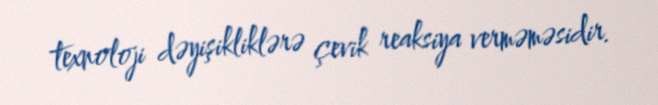
texnoloji dəyişikliklərə çevik reaksiya verməməsidir.